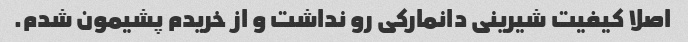
اصلا کیفیت شیرینی دانمارکی رو نداشت و از خریدم پشیمون شدم.